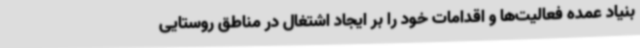
بنیاد عمده فعالیت‌ها و اقدامات خود را بر ایجاد اشتغال در مناطق روستایی